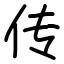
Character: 传